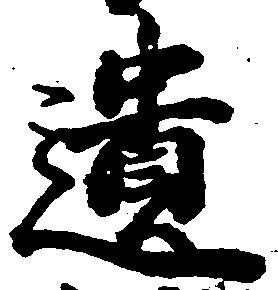
遺